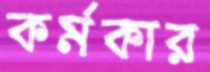
কর্মকার